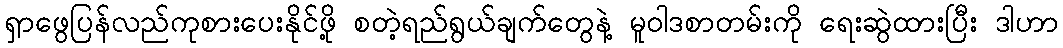
ရှာဖွေပြန်လည်ကုစားပေးနိုင်ဖို့ စတဲ့ရည်ရွယ်ချက်တွေနဲ့ မူဝါဒစာတမ်းကို ရေးဆွဲထားပြီး ဒါဟာ